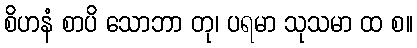
စိဟနံ စာပိ သောဘာ တု၊ ပရမာ သုသမာ ထ စ။